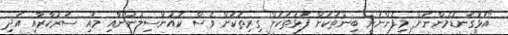
"އަޅުގަނޑުމެންނަށް މިފެންނަނީ ބިންތަކަށް ފަޅުތަކަށް ގިރިތަކަށް ވެސް ކައުންސިލުންނާއި މައި ސަރުކާރާއި އަދި